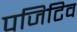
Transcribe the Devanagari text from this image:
पजिटिव